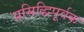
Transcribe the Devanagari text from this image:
प्रसिद्धिपूर्वक